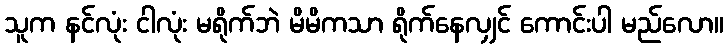
သူက နင်လုံး ငါလုံး မရိုက်ဘဲ မိမိကသာ ရိုက်နေလျှင် ကောင်းပါ မည်လော။